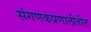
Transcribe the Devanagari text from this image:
संगणकप्रणालीतील